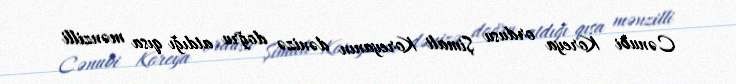
Cənubi Koreya ordusu Şimali Koreyanın dənizə doğru atdığı qısa mənzilli